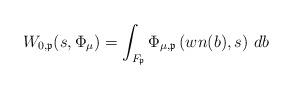
LaTeX: \begin{align*}W_{0,\mathfrak{p}}(s,\Phi_\mu) = \int_{F_\mathfrak{p}} \Phi_{\mu,\mathfrak{p} } \left( wn(b) ,s \right) \, db\end{align*}